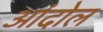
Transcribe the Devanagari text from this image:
आंदोल